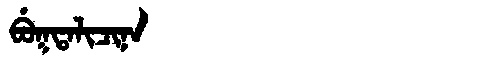
Manchu: ᠪᡠᡴᡨᠠᠯᡳᠴᡳᠨᠠ
Romanization: BUKTALICINA